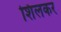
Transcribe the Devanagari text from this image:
शिलकर